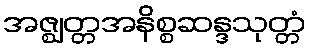
အဇ္ဈတ္တအနိစ္စဆန္ဒသုတ္တံ